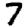
Digit: 7